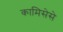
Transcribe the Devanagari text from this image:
कामिसेसे